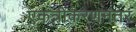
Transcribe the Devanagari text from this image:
एकत्रीकरणनंतर